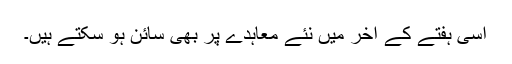
اسی ہفتے کے آخر میں نئے معاہدے پر بھی سائن ہو سکتے ہیں۔